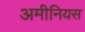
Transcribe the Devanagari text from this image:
अमीनियस